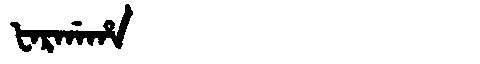
Manchu: ᡶᠠᡵᡤᠠᡥᠠ
Romanization: FARGAHA